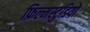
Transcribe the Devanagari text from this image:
फ़िल्मस्टुडियो